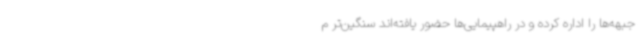
جبهه‌ها را اداره کرده و در راهپیمایی‌ها حضور یافته‌اند سنگین‌تر م